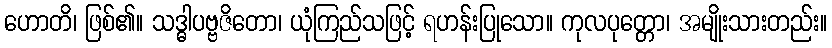
ဟောတိ၊ ဖြစ်၏။ သဒ္ဓါပဗ္ဗဇိတော၊ ယုံကြည်သဖြင့် ရဟန်းပြုသော။ ကုလပုတ္တော၊ အမျိုးသားတည်း။